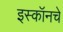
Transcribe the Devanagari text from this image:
इस्कॉनचे